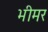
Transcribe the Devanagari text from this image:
भीमर